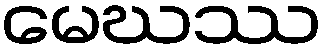
မေဃဿ